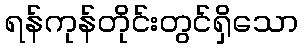
ရန်ကုန်တိုင်းတွင်ရှိသော